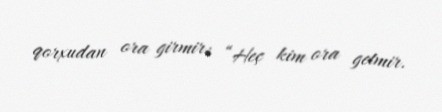
qorxudan ora girmir: “Heç kim ora getmir.